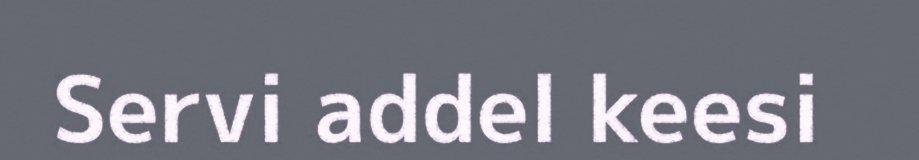
Servi addel keesi